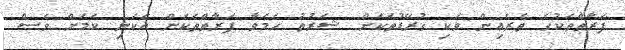
ފަރާތްތަކުގެ ތެރެއިން ވަކި ގުރޭޑުތަކަށް ޝަރުތު ހަމަވާ ފަރާތްތަކަށް އެކަނި ކަމަށް ވެސް